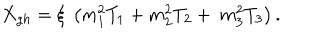
X _ { g h } = \xi \ \left( m _ { 1 } ^ { 2 } T _ { 1 } + m _ { 2 } ^ { 2 } T _ { 2 } + \ m _ { 3 } ^ { 2 } T _ { 3 } \right) .